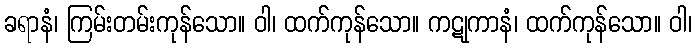
ခရာနံ၊ ကြမ်းတမ်းကုန်သော။ ဝါ၊ ထက်ကုန်သော။ ကဋုကာနံ၊ ထက်ကုန်သော။ ဝါ၊